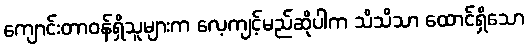
ကျောင်းတာဝန်ရှိသူများက လေ့ကျင့်မည်ဆိုပါက သိသိသာ ထောင်ရှိသော